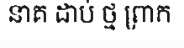
នាគ ដាប់ ថ្ម ព្រាក